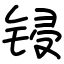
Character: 锓